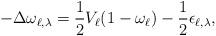
LaTeX: \begin{align*} -\Delta \omega_{\ell,\lambda} = \frac{1}{2} V_\ell (1-\omega_{\ell}) - \frac{1}{2}\epsilon_{\ell, \lambda},\end{align*}